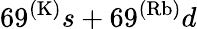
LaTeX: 69^{(\mathrm{K)}}s+69^{(\mathrm{Rb)}}d